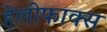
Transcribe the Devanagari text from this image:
हेलीफाक्स